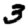
Digit: 3